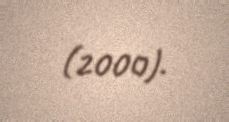
(2000).